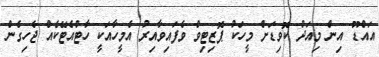
އައްޑޫ އިން މިއަދު ކޮވިޑަށް މީހަކު ޕޮޒިޓިވް ވެފައިވާއިރު އެމީހާއަކީ ހާޓްއެޓޭކެއް ޖެހިގެން